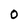
Character: 0